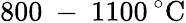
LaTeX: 800\mathrm{~-~}1100\, ^{\circ}\mathrm{C}